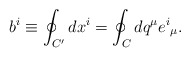
\begin{align*}b^ i \equiv\oint_{C'} dx^i=\oint_{C} dq^ \mu e^i{}_ \mu .\end{align*}